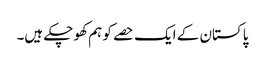
پاکستان کے ایک حصے کو ہم کھو چکے ہیں۔